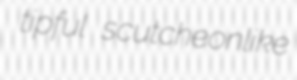
tipful scutcheonlike